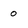
Character: o